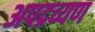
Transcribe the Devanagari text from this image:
अपद्रव्यण